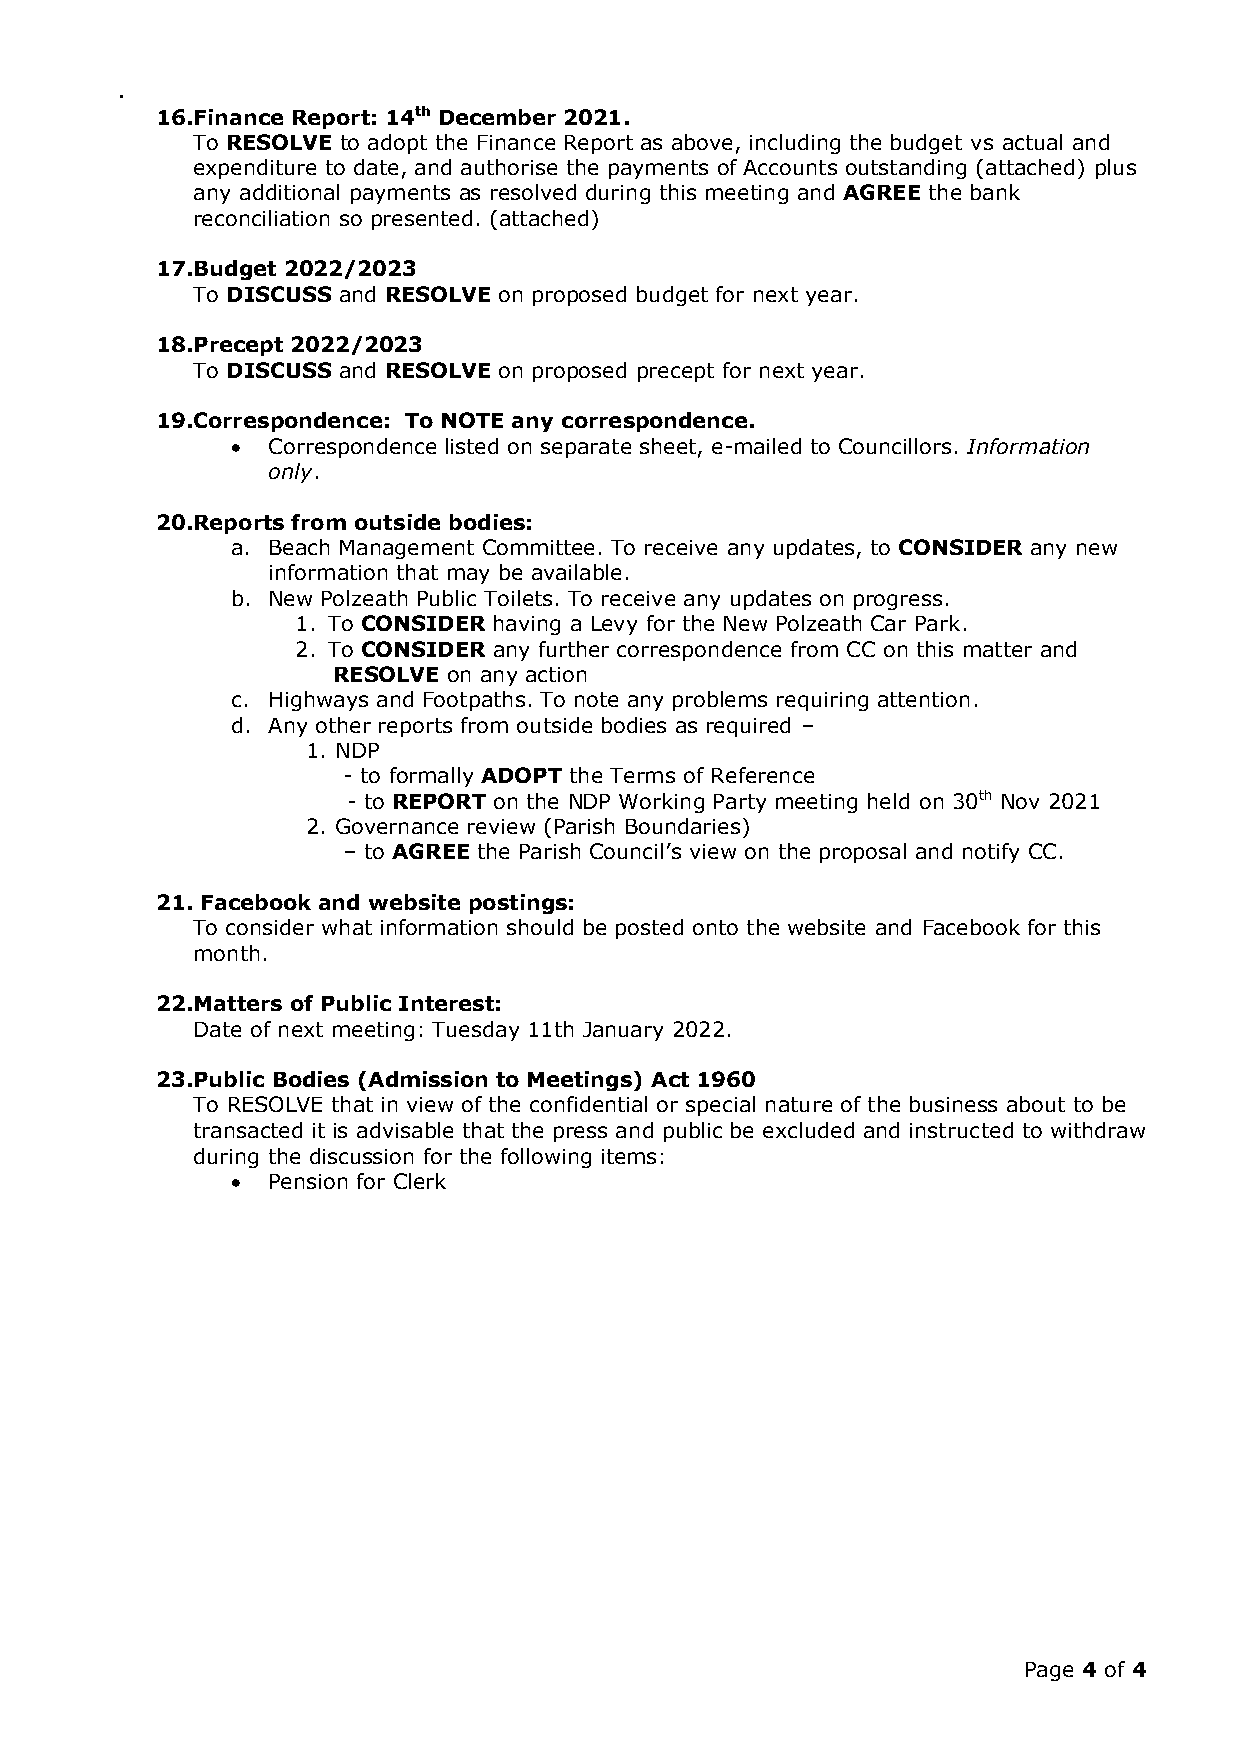
.
 16. Finance Report: 14th December 2021.
 To RESOLVE to adopt the Finance Report as above, including the budget vs actual and
 expenditure to date, and authorise the payments of Accounts outstanding (attached) plus
 any additional payments as resolved during this meeting and AGREE the bank
 reconciliation so presented. (attached)
 17. Budget 2022/2023
 To DISCUSS and RESOLVE on proposed budget for next year.
 18. Precept 2022/2023
 To DISCUSS and RESOLVE on proposed precept for next year.
 19. Correspondence: To NOTE any correspondence.
 •  Correspondence listed on separate sheet, e-mailed to Councillors. Information
 only.
 20. Reports from outside bodies:
 a. Beach Management Committee. To receive any updates, to CONSIDER any new
 information that may be available.
 b. New Polzeath Public Toilets. To receive any updates on progress.
 1. To CONSIDER having a Levy for the New Polzeath Car Park.
 2. To CONSIDER any further correspondence from CC on this matter and
 RESOLVE on any action
 c. Highways and Footpaths. To note any problems requiring attention.
 d. Any other reports from outside bodies as required –
 1. NDP
 - to formally ADOPT the Terms of Reference
 - to REPORT on the NDP Working Party meeting held on 30th Nov 2021
 2. Governance review (Parish Boundaries)
 – to AGREE the Parish Council’s view on the proposal and notify CC.
 21. Facebook and website postings:
 To consider what information should be posted onto the website and Facebook for this
 month.
 22. Matters of Public Interest:
 Date of next meeting: Tuesday 11th January 2022.
 23. Public Bodies (Admission to Meetings) Act 1960
 To RESOLVE that in view of the confidential or special nature of the business about to be
 transacted it is advisable that the press and public be excluded and instructed to withdraw
 during the discussion for the following items:
 •  Pension for Clerk
 Page 4 of 4